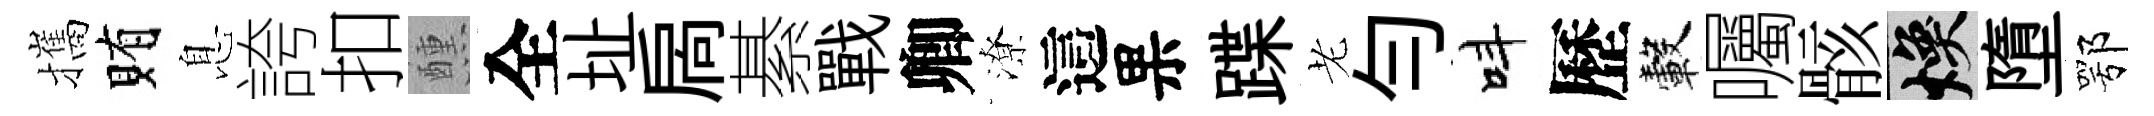
攜賄息誇扣醺全址扄綦戰卿潦這果蹀老勻呌歷轂囑骸焕墮鄂